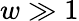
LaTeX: w\gg 1